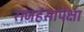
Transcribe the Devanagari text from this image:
राजहंसापेक्षा